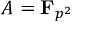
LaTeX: A = \mathbf { F } _ { p ^ { 2 } }